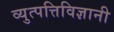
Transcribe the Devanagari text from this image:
व्युत्पत्तिविज्ञानी